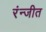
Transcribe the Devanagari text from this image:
रंन्जीत